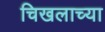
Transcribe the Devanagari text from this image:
चिखलाच्या